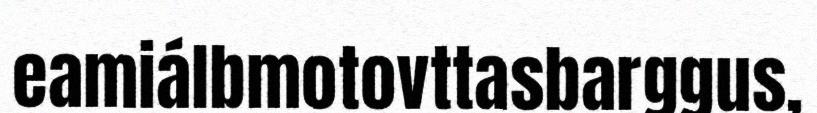
eamiálbmotovttasbarggus,